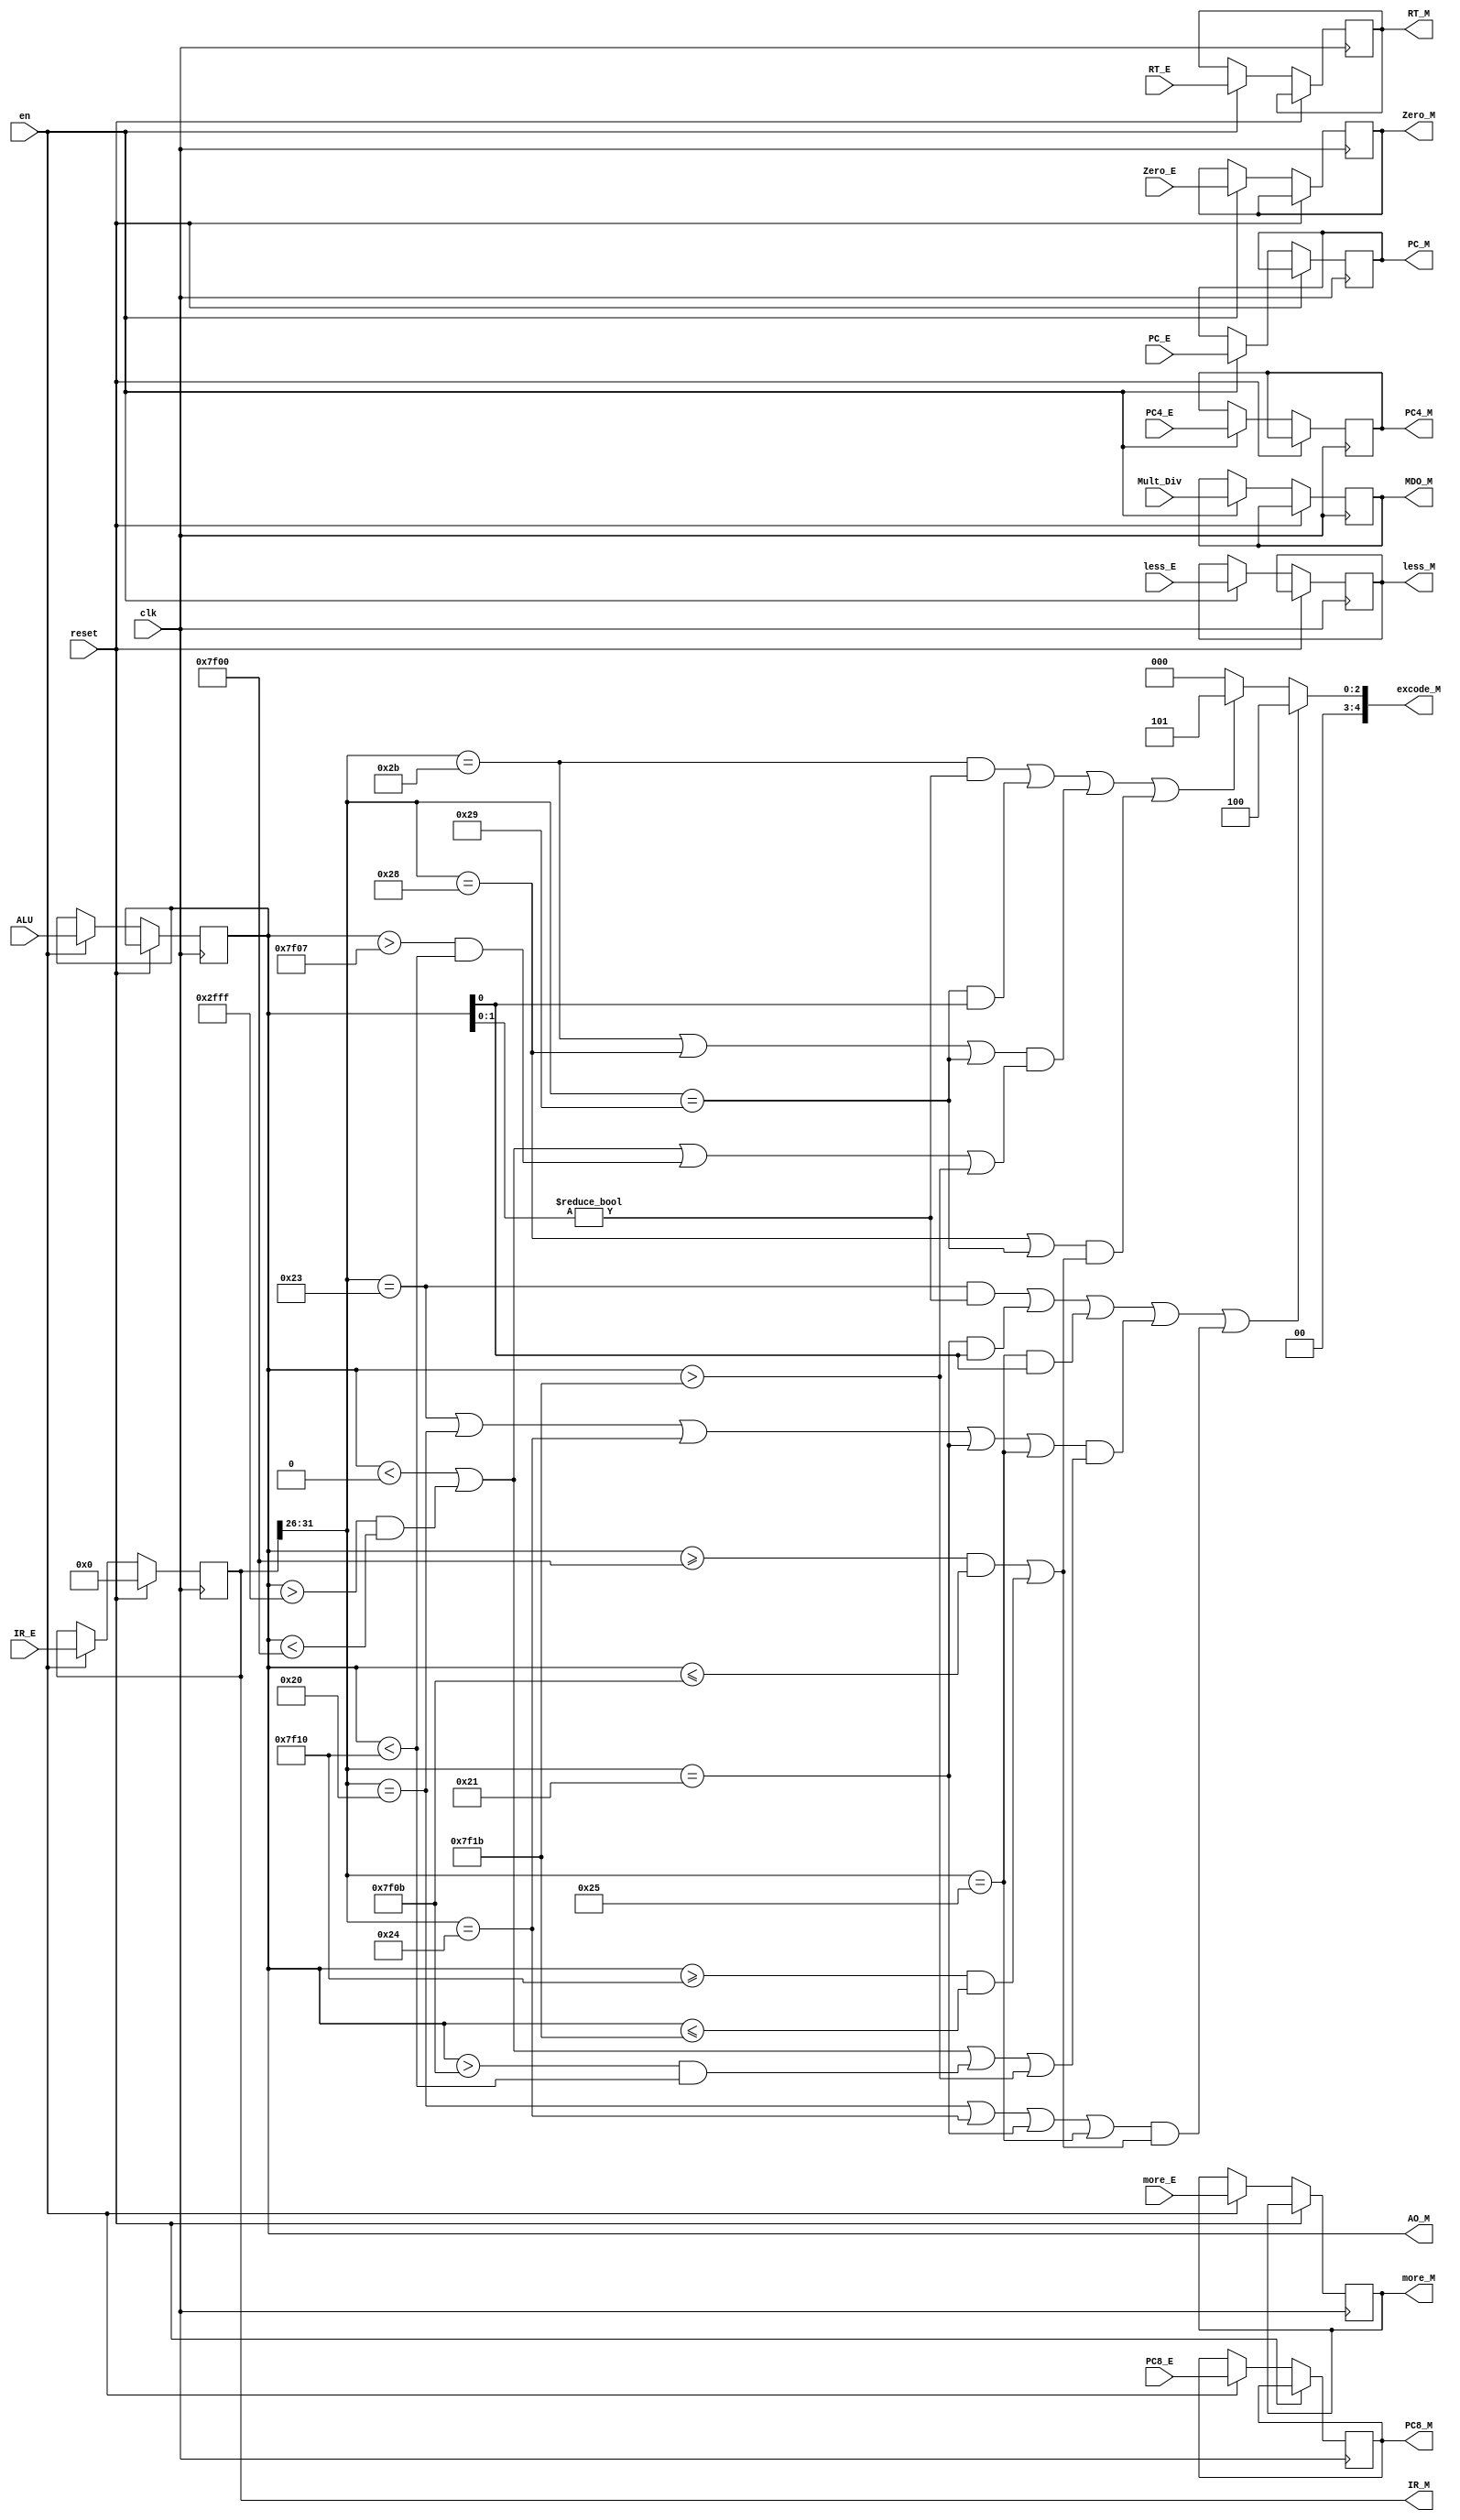
`timescale 1ns / 1ps
//////////////////////////////////////////////////////////////////////////////////
// Company: 
// Engineer: 
// 
// Design Name: 
// Module Name:    MEM 
// Project Name: 
// Target Devices: 
// Tool versions: 
// Description: 
//
// Dependencies: 
//
// Revision: 
// Revision 0.01 - File Created
// Additional Comments: 
//
//////////////////////////////////////////////////////////////////////////////////
module MEM(
    input clk,
    input reset,
    input en,
    input [31:0] IR_E,
	 input [31:0] PC_E,
    input [31:0] PC4_E,
    input [31:0] PC8_E,
    input [31:0] ALU,
	 input [31:0] Mult_Div,
    input [31:0] RT_E,
	 input Zero_E,
	 input more_E,
	 input less_E,
    output reg[31:0] IR_M,
	 output reg[31:0] PC_M,
    output reg[31:0] PC4_M,
    output reg[31:0] PC8_M,
    output reg[31:0] AO_M,
	 output reg[31:0] MDO_M,
    output reg[31:0] RT_M,
	 output [6:2] excode_M,
	 output reg Zero_M,
	 output reg more_M,
	 output reg less_M
    );
	 
	`define op 31:26
	`define lw 6'b100011
	`define lb 6'b100000
	`define lbu 6'b100100
	`define lh 6'b100001
	`define lhu 6'b100101
	`define sw 6'b101011
	`define sb 6'b101000
	`define sh 6'b101001
	
	initial begin
		IR_M <= 0;
	end
	
	assign excode_M = ((IR_M[`op]==`lw&&AO_M[1:0]!=2'b00)||(IR_M[`op]==`lh&&AO_M[0]!=1'b0)||(IR_M[`op]==`lhu&&AO_M[0]!=1'b0)||
								((IR_M[`op]==`lw||IR_M[`op]==`lb||IR_M[`op]==`lbu||IR_M[`op]==`lh||IR_M[`op]==`lhu)&&(AO_M<32'h00000000||
								(AO_M>32'h00002fff&&AO_M<32'h00007f00)||(AO_M>32'h00007f0b&&AO_M<32'h00007f10)||AO_M>32'h00007f1b))||
								((IR_M[`op]==`lb||IR_M[`op]==`lbu||IR_M[`op]==`lh||IR_M[`op]==`lhu)&&((AO_M>=32'h00007f00&&AO_M<=32'h00007f0b)||
								(AO_M>=32'h00007f10&&AO_M<=32'h00007f1b)))) ? 4 :
							((IR_M[`op]==`sw&&AO_M[1:0]!=2'b00)||(IR_M[`op]==`sh&&AO_M[0]!=1'b0)||
								((IR_M[`op]==`sw||IR_M[`op]==`sb||IR_M[`op]==`sh)&&(AO_M<32'h00000000||
								(AO_M>32'h00002fff&&AO_M<32'h00007f00)||(AO_M>32'h00007f07&&AO_M<32'h00007f10)||AO_M>32'h00007f1b))|| //COUNT 7f07
								((IR_M[`op]==`sb||IR_M[`op]==`sh)&&((AO_M>=32'h00007f00&&AO_M<=32'h00007f0b)||
								(AO_M>=32'h00007f10&&AO_M<=32'h00007f1b)))) ? 5 : 0;
	
	always@(posedge clk) begin
		if(reset) begin
			IR_M <= 32'h00000000;
		end
		else if(en) begin
			IR_M <= IR_E;
			PC_M <= PC_E;
			PC4_M <= PC4_E;
			PC8_M <= PC8_E;
			AO_M <= ALU;
			MDO_M <= Mult_Div;
			RT_M <= RT_E;
			Zero_M <= Zero_E;
			more_M <= more_E;
			less_M <= less_E;
		end
	end
	
endmodule